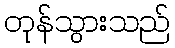
တုန်သွားသည်